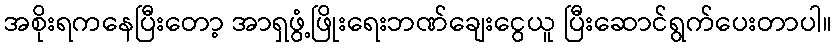
အစိုးရကနေပြီးတော့ အာရှဖွံ့ဖြိုးရေးဘဏ်ချေးငွေယူ ပြီးဆောင်ရွက်ပေးတာပါ။